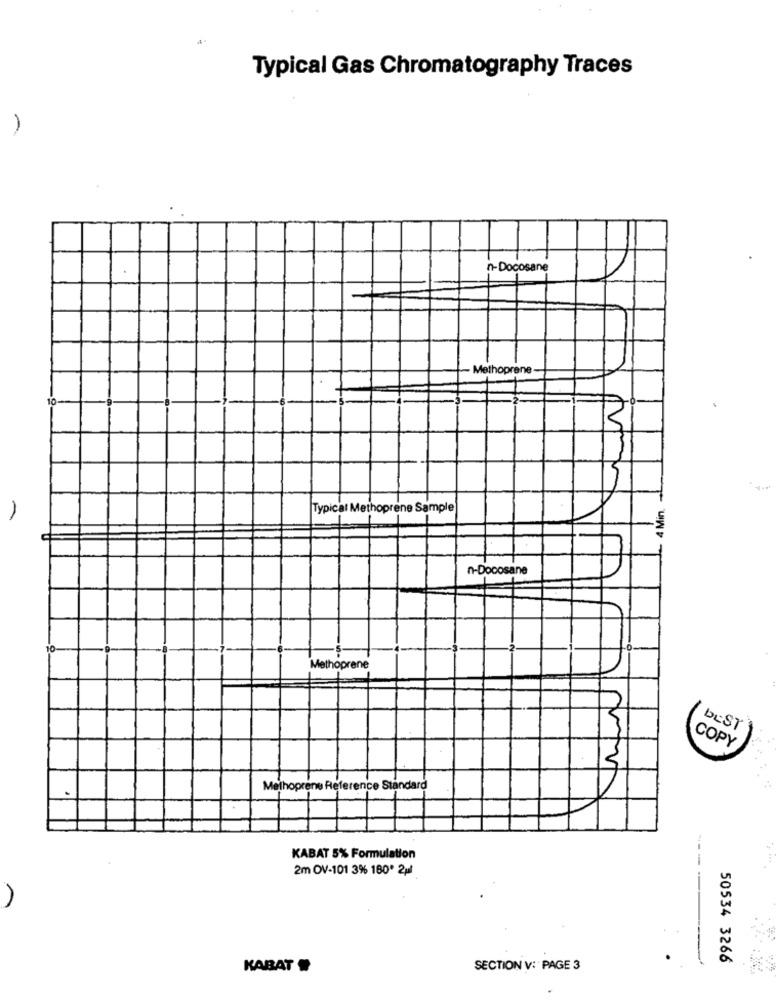
Typical Gas Chromatography Traces
-
n-Docosane
Methoprene
10
4 Min.
Typical Methoprene Sample
n-Docosane
Methoprene
bEST
COPY
2
Melhoprene Reference Standard
KABAT 5% Formulation
2m OV-101 3% 180' 2pl
---
50534 3266
KABAT
SECTION V: PAGE 3